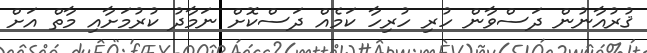
ޤުރުއާނުން ދަސްވާން ހުރި ހުރިހާ ކަމެއް ދަސްކޮށް ނަމާދު ކުރުމަށާއި މާތް އަށް